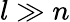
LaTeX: l\gg n